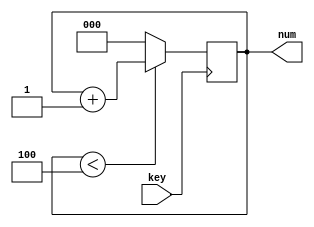
module inp_add4(key,num);

input key;
output reg [2:0]num;

always@(posedge key)
begin
	if(num<4)
	num=num+1;
	else
	num=0;
end
endmodule